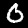
Digit: 0